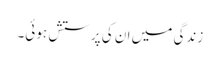
زندگی میں ان کی پرستش ہوئی۔